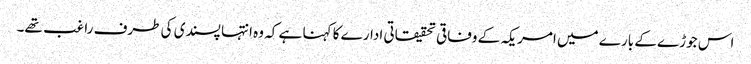
اس جوڑے کے بارے میں امریکہ کے وفاقی تحقیقاتی ادارے کا کہنا ہے کہ وہ انتہا پسندی کی طرف راغب تھے۔